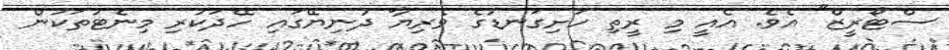
ސްޓޯރީޒް" އެވެ. އެއީ މި ރީތި ހަށިގަނޑުގެ ވެރިޔާ ދުނިޔޭގައި ހޭދަކުރި މިނެޓުތަކުން